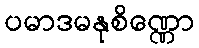
ပမာဒမနုစိဏ္ဏော